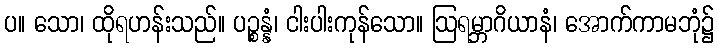
ပ။ သော၊ ထိုရဟန်းသည်။ ပဉ္စန္နံ၊ ငါးပါးကုန်သော။ ဩရမ္ဘာဂိယာနံ၊ အောက်ကာမဘုံ၌